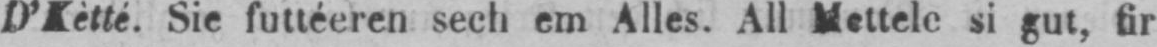
D’Kètté. Sie futtéeren sech em Alles. All Mettele si gut, fir